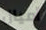
أميال